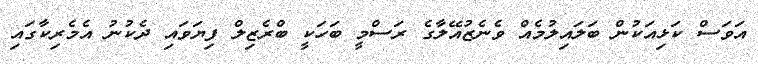
އަވަސް ކަޅިއަކުން ބަލައިލުމެއް ވެނެޒުއޭލާގެ ރަސްމީ ބަހަކީ ބްރެޒިލް ފިޔަވައި ދެކުނު އެމެރިކާގައި